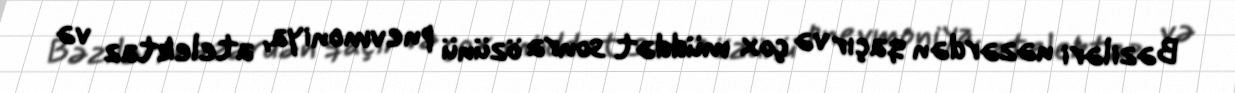
Bəziləri nəzərdən qaçır və çox müddət sonra özünü pnevmoniya, atelektaz və